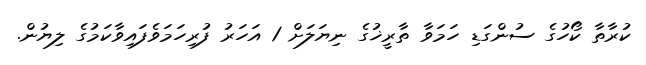
ކުރާތާ ކޯހުގެ ސުންގަޑި ހަމަވާ ތާރީޚުގެ ނިޔަލަށް 1 އަހަރު ފުރިހަމަވެފައިވާކަމުގެ ލިޔުން.